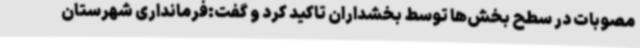
مصوبات در سطح بخش‌ها ‌توسط بخشداران تاکید کرد و گفت:فرمانداری شهرستان